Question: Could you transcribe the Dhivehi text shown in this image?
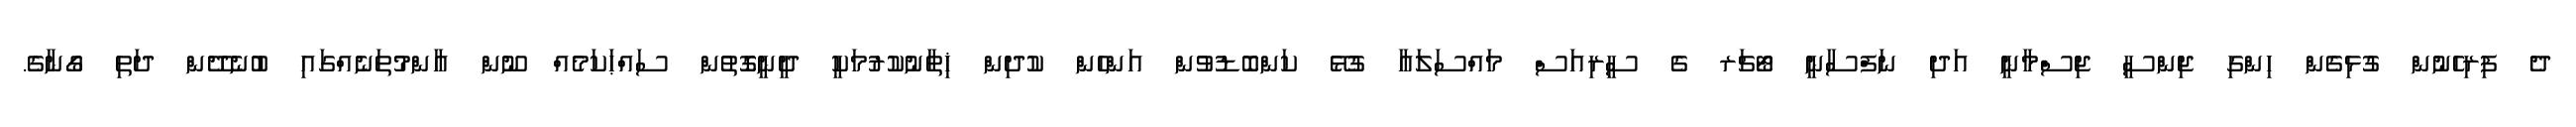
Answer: ދެ ފިރިހެނުން ގުޅިގެން ހިންގި ޖިންސީ ޖިސްމާނީ އަދި ނަފްސާނީ ޓޯޗަރ ގެ ސީރިއަސް މައްސަލައާ ގުޅޭ ކަންބޮޑުވުން އަންހެން ކުދިން ޚިތާނުކުރުމަކީ ދީނީގޮތުން ސައްޙަކަމެއް ނޫން އާންމުތަނެއްގައި ބުނެދޭން ދަތި ގޯނާގެ.